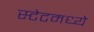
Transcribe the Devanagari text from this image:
स्टेटमध्ये